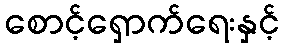
စောင့်ရှောက်ရေးနှင့်